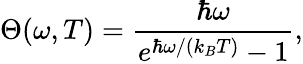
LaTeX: \Theta(\omega,T)=\frac{\hbar\omega}{e^{\hbar\omega/(k_{B}T)}-1},